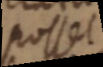
posset